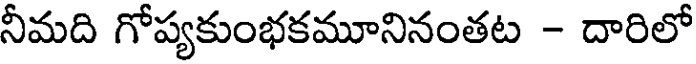
నీమది గోప్యకుంభకమూనినంతట - దారిలో